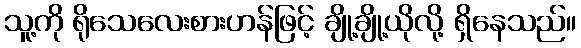
သူ့ကို ရိုသေလေးစားဟန်ဖြင့် ချို့ချို့ယိုလို့ ရှိနေသည်။